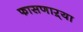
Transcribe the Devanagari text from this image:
फासणाऱ्या